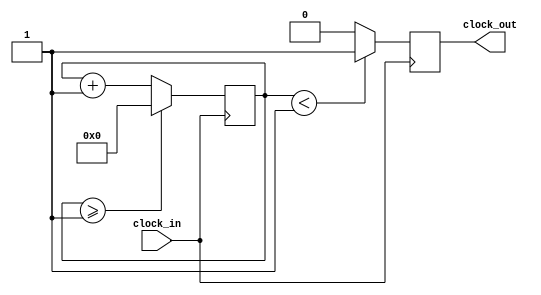
`timescale 1ns / 1ps
//////////////////////////////////////////////////////////////////////////////////
// Company: 
// Engineer: 
// 
// Design Name: 
// Module Name: clock_divider
// Project Name: 
// Target Devices: 
// Tool Versions: 
// Description: 
// 
// Dependencies: 
// 
// Revision:
// Revision 0.01 - File Created
// Additional Comments:
// 
//////////////////////////////////////////////////////////////////////////////////
/*******************************************************************
*
* Module: clock_divider.v
* Project: RV32
* Description: clock divider
*

**********************************************************************/

module clock_divider(
input clock_in,
output reg clock_out
    );
 // output clock after dividing the input clock by divisor
reg[27:0] counter=28'd0;
parameter DIVISOR = 28'd2;
// The frequency of the output clk_out
//  = The frequency of the input clk_in divided by DIVISOR
// For example: Fclk_in = 50Mhz, if you want to get 1Hz signal to blink LEDs
// You will modify the DIVISOR parameter value to 28'd50.000.000
// Then the frequency of the output clk_out = 50Mhz/50.000.000 = 1Hz
always @(posedge clock_in)
begin
 counter <= counter + 28'd1;
 if(counter>=(DIVISOR-1))
  counter <= 28'd0;
 clock_out <= (counter<DIVISOR/2)?1'b1:1'b0;
end
endmodule